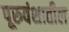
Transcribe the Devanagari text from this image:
पूरुवंशातील